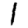
Digit: 1